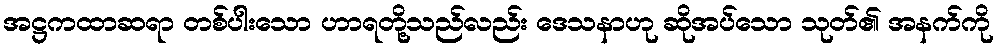
အဋ္ဌကထာဆရာ တစ်ပါးသော ဟာရတို့သည်လည်း ဒေသနာဟု ဆိုအပ်သော သုတ်၏ အနက်ကို